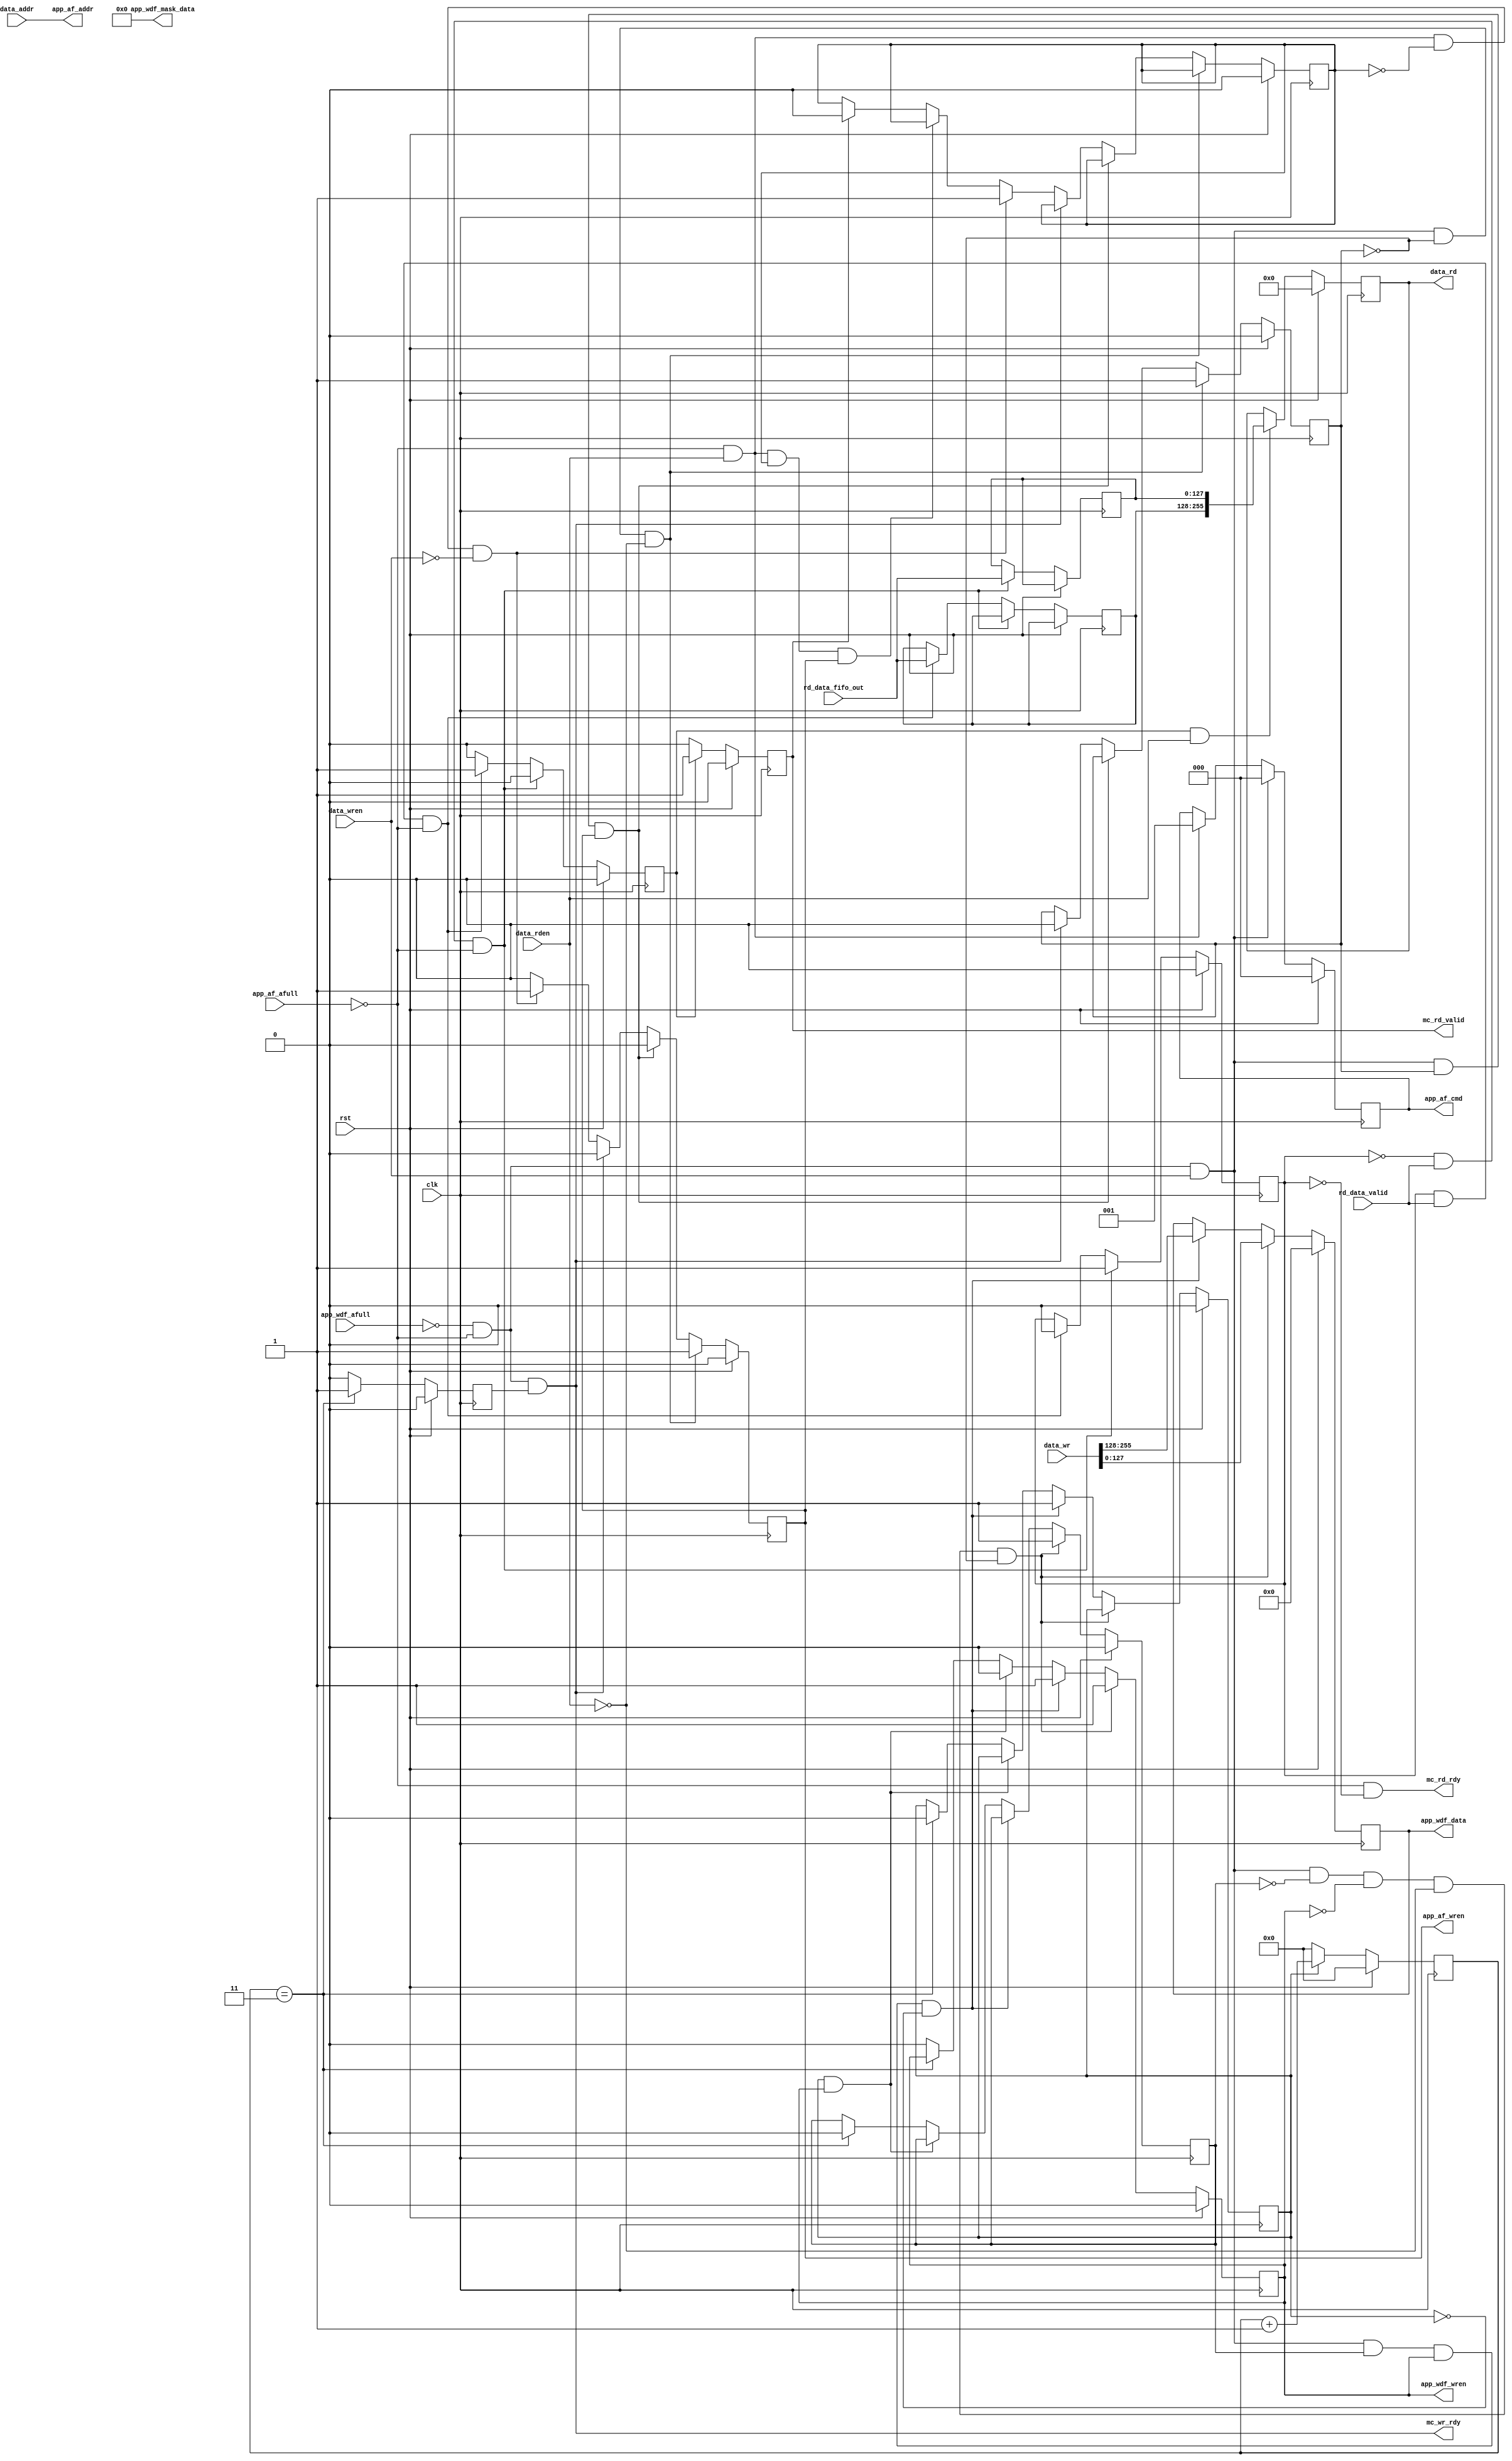
`timescale 1ns / 1ps
//////////////////////////////////////////////////////////////////////////////////
// Company: 
// Engineer: 
// 
// Design Name: 
// Module Name:    data_rd_wr 
// Project Name: 
// Target Devices: 
// Tool versions: 
// Description: 
//
// Dependencies: 
//
// Revision: 
// Revision 0.01 - File Created
// Additional Comments: 
//
//////////////////////////////////////////////////////////////////////////////////
module data_rd_wr  # (
	parameter APPDATA_WIDTH           = 128,     
	parameter BANK_WIDTH              = 2,       
	parameter COL_WIDTH               = 10,       
	parameter ROW_WIDTH               = 13,
	parameter INPUT_ADDR_WIDTH			 = 31,
	parameter WRITE_CYCLE_DELAY		 = 3
    )
	(
   input                             	app_wdf_afull,          // output from MIG
								// Indicates that the write data FIFO is currently full inside
								// MIG module.
   input                             	app_af_afull,			// output from MIG
								// Indicates that the address FIFO is currently full inside
								// MIG module.
   input                             	rd_data_valid,			// output from MIG
								// Indicates that the data being read from MIG is currently valid.
   output  reg                       	app_wdf_wren,			// input to MIG
								// Interface is writing data in the MIG for DDR2.
   output  reg                       	app_af_wren,			// input to MIG
								// Interface is writing address in the MIG for DDR2.
	// Get the truncated data from top module.
   output  [INPUT_ADDR_WIDTH-1:0]   	app_af_addr,			// input to MIG
   output  reg [2:0]                 	app_af_cmd,				// input to MIG
   input       [(APPDATA_WIDTH)-1:0]  	rd_data_fifo_out,		// output from MIG
   output  reg [(APPDATA_WIDTH)-1:0] 	app_wdf_data,			// input to MIG
   output  		[(APPDATA_WIDTH/8)-1:0]	app_wdf_mask_data,	    // input to MIG
   
   input							 			   clk, 		// input from top module
   input							 			   rst,			// input from top module
   output 									   mc_wr_rdy,				
								// Output to cache controller to indicate whether memory controller
								// is ready to write the data into MIG or not.
	output 									   mc_rd_rdy,
								// Output to cache controller to indicate whether memory controller
								// is ready to read the data from MIG or not.
	output reg								   mc_rd_valid,
								// Output to cache controller indicating that valid data is ready to be read.
	input 									   data_wren,
								// Input from cache to indicate that cache is ready to write the data.
	input 									   data_rden,
								// Input from cache to indicate that cache is ready to read the data.
	input  	   [(2*APPDATA_WIDTH)-1:0] data_wr,
								// Input data from cache.
	output reg  [(2*APPDATA_WIDTH)-1:0] data_rd,
								// Output the data to cache
	input       [INPUT_ADDR_WIDTH-1:0]  data_addr
								// DDR2 address to read/write the data from/to.
	);

    reg [(APPDATA_WIDTH)-1:0] cache_data_out[0:1];
	reg [(APPDATA_WIDTH)-1:0] mig_data_out[0:1];
	reg new_data_wr;
	reg new_data_rd;
	reg addr_change_wr;
	reg addr_change_rd;
	reg read_data_end;
	reg data_stored;
	reg data_rdy;
	reg [4:0] counter_wait;
	reg data_sent;
	
	wire mig_data_wr;
	wire mig_data_rd;
	
	assign mig_data_wr = ((~app_wdf_afull) && (~app_af_afull));
	assign mig_data_rd = (~app_af_afull);
	assign mc_wr_rdy = (mig_data_wr) && (data_sent);	
	assign mc_rd_rdy = (mig_data_rd) && (~new_data_rd);	
	
	assign app_wdf_mask_data = 16'd0;
	assign app_af_addr = data_addr;
	
/////////////////////////////////////////////////////////////////////////////
//// Writing the data into the DDR2. Data will be coming  from arbiter. ////
////////////////////////////////////////////////////////////////////////////
	
	always @(posedge clk)
	begin
		if(rst)
		begin
			data_stored <= 1'b0;
			cache_data_out[0] <= 128'd0;
			cache_data_out[1] <= 128'd0;
		end
		else
		begin
			if(mig_data_wr && data_wren)
			begin
				data_stored <= 1'b1;
				cache_data_out[0] <= data_wr[127:0];
				cache_data_out[1] <= data_wr[255:128];
			end
			else
			begin
				cache_data_out[0] <= cache_data_out[0];
				cache_data_out[1] <= cache_data_out[1];
			end
			if(new_data_wr)
			begin
				data_stored <= 1'b0;
			end
			else
			begin
				data_stored <= data_stored;
			end			
		end
	end

//////////////////////////////////////////////////////////////
/// Controlling whether data is to be written in the    //////
/// DDR2 or read from DDR2.                             //////
//////////////////////////////////////////////////////////////
	
	always @(posedge clk)
	begin
		if(rst)
		begin
			// cmd value equal to 000 indicates that
			// we are planning to write data and 001
			// indicates that we will be reading the 
			// data.
			app_af_cmd <= 3'd0;					
		end
		else
		begin
			if(mig_data_wr && data_wren)
			begin
				// If the cache wants to write the data then the value
				// of cmd should be 0. This should be 0 for at least
				// two clock cycles.
				app_af_cmd <= 3'd0;
			end
			else if(mig_data_rd && data_rden)
			begin
				app_af_cmd <= 3'd1;
			end
			else
			begin
				app_af_cmd <= app_af_cmd;
			end
		end
	end
	
	always @(posedge clk)
   begin
		if(rst)
		begin
			app_af_wren <= 1'd0;
			addr_change_wr <= 1'b0;
			addr_change_rd <= 1'b0;
		end
		else
		begin
			app_af_wren <= 1'b0;
			if(mig_data_wr && data_wren && !addr_change_wr && !data_rden)
			begin
				app_af_wren <= 1'b1;				
				addr_change_wr <= 1'b1;
			end
			else if(mig_data_wr && data_wren && addr_change_wr && app_af_wren)
			begin
				app_af_wren	<= 1'b0;
			end
			else if(mc_wr_rdy)
			begin
				addr_change_wr <= 1'b0;
			end
			else if(mig_data_rd && data_rden && !addr_change_rd && !data_wren)
			begin
				app_af_wren <= 1'b1;				
				addr_change_rd <= 1'b1;
			end
			else if(mig_data_rd && data_rden && addr_change_rd && app_af_wren)
			begin
				app_af_wren <= 1'b0;
			end
			else if(mc_rd_valid)
			begin
				addr_change_rd <= 1'b0;
			end
			else
			begin
				app_af_wren	<= 1'b0;
			end
		end
	end	
	
	
	always @(posedge clk)
   begin
		if(rst)
		begin
			app_wdf_data <= 128'd0;
			new_data_wr <= 1'b0;
			app_wdf_wren <= 1'b0;
			data_rdy <= 1'b0;
		end
		else
		begin
			if((mig_data_wr)&&(data_wren)&&(!new_data_wr)&&(!app_wdf_wren)&&(!data_rden)&&(!addr_change_wr))
			begin
				app_wdf_data <= data_wr[127:0];
				new_data_wr	 <= 1'b1;
				app_wdf_wren <= 1'b1;
			end
			else if((mig_data_wr)&&(data_wren)&&(new_data_wr)&&(app_wdf_wren)&&(!data_rdy))
			begin
				app_wdf_data <= data_wr[255:128];
				app_wdf_wren <= 1'b1;
				data_rdy <= 1'b1;
			end
			else if(data_rdy && app_wdf_wren)
			begin
				app_wdf_wren <= 1'b0;
			end
			else if(counter_wait == WRITE_CYCLE_DELAY)
			begin
				data_rdy <= 1'b0;
				new_data_wr	 <= 1'b0;
			end
			else
			begin
				app_wdf_wren <= 1'b0;
			end
		end
	end	
	
	always @(posedge clk)
	begin
		if(rst)
		begin
			data_sent <= 1'b0;
			counter_wait <= 5'd0;
		end
		else
		begin
			if(data_rdy)
			begin
				counter_wait <= counter_wait + 1'b1;
			end
			else
			begin
				counter_wait <= 5'd0;
			end
			
			if(counter_wait == WRITE_CYCLE_DELAY)
			begin
				data_sent <= 1'b1;
			end
			else
			begin
				data_sent <= 1'b0;
			end
				
		end
	end
	
	always @(posedge clk)
   begin
		if(rst)
		begin			
			new_data_rd <= 1'b0;
			read_data_end <= 1'b0;
		end
		else
		begin
			if((!new_data_rd)&&(rd_data_valid) &&(mig_data_rd))
			begin
				mig_data_out[0] <= rd_data_fifo_out;
				new_data_rd	 <= 1'b1;
				read_data_end <= 1'b0;
			end
			else if((new_data_rd) && (rd_data_valid) &&(mig_data_rd))
			begin
				mig_data_out[1] <= rd_data_fifo_out;
				new_data_rd	 <= 1'b0;
				read_data_end <= 1'b1;
			end
			else
			begin
				read_data_end <= 1'b0;
			end
		end
	end	
	
	always @(posedge clk)
	begin
		if(rst)
		begin
			data_rd <= 256'd0;
			mc_rd_valid <= 1'b0;
		end
		else
		begin
			if(read_data_end)
			begin
				mc_rd_valid <= 1'b1;
			end
			else
			begin
				mc_rd_valid <= 1'b0;
			end
			
			if(read_data_end && data_rden)
			begin
				data_rd <= {mig_data_out[1], mig_data_out[0]};
			end
			else
			begin
				data_rd <= data_rd;
			end
		end
	end
	
//   always @(posedge clk)
//   begin
//		if(rst)
//		begin
//			app_af_addr <= 25'd0;
//		end
//		else
//		begin
//			app_af_addr <= data_addr;
			// Read the DDR2 address from cache controller.
			//if(new_data_wr && mig_data_wr && data_wren && !new_data_rd)
			//if((addr_change_wr)&&(mig_data_wr)&&(data_wren))
//			if(!app_af_wren)
//			begin				
//				app_af_addr <= data_addr;
//			end
//			else
//			begin
//				app_af_addr <= app_af_addr;
//			end
			/*
			else if((!addr_change_wr)&&(mig_data_wr)&&(data_wren))
			begin			    
				app_af_addr <= app_af_addr;
			end
			else if((addr_change_rd)&&(mig_data_wr)&&(data_rden))
			begin
				app_af_addr <= data_addr;
			end
			else
			begin
				app_af_addr <= app_af_addr;
			end
//			*/
//		end
//	end
endmodule